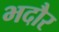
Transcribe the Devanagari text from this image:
भदौर